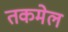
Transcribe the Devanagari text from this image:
तकमेल